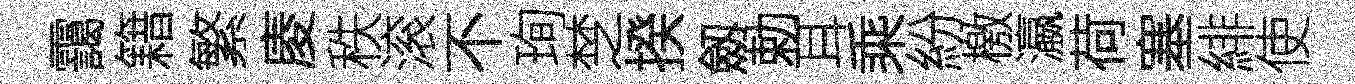
靄籍繁庱秩滚不珣椘揆劔勅耳乘紛檄瀛荷塞緋使